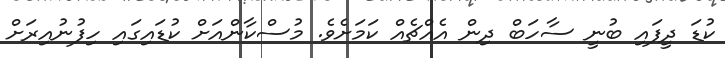
ކުޑަ ދީފައި ބުނީ ސާހަބް ދިން އެއްޗެއް ކަމަށެވެ. މުސްކާންއަށް ކުޑައިގައި ހިފުނުއިރަށް